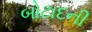
બોટાદની